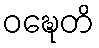
ဝဍ္ဎေတိ